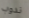
ندوب